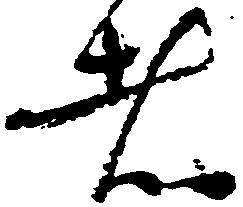
者